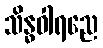
သိန္ဓဝါရညေ